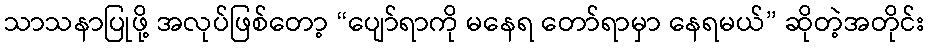
သာသနာပြုဖို့ အလုပ်ဖြစ်တော့ “ပျော်ရာကို မနေရ တော်ရာမှာ နေရမယ်” ဆိုတဲ့အတိုင်း